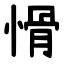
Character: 愲